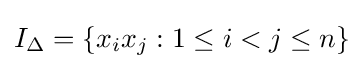
I_{\Delta }=\{x_{i}x_{j}:1\leq i<j\leq n\}